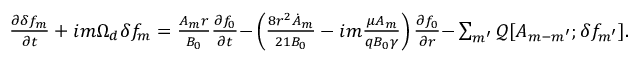
\begin{array} { r } { \frac { \partial \delta f _ { m } } { \partial t } + { i m \Omega _ { d } \delta f _ { m } } = \frac { A _ { m } r } { B _ { 0 } } \frac { \partial f _ { 0 } } { \partial t } { - \left( \frac { 8 r ^ { 2 } \dot { A } _ { m } } { 2 1 B _ { 0 } } - i m \frac { \mu A _ { m } } { q B _ { 0 } \gamma } \right) \frac { \partial f _ { 0 } } { \partial r } } { - \sum _ { m ^ { \prime } } \mathcal { Q } [ A _ { m - m ^ { \prime } } ; \delta f _ { m ^ { \prime } } ] . } } \end{array}